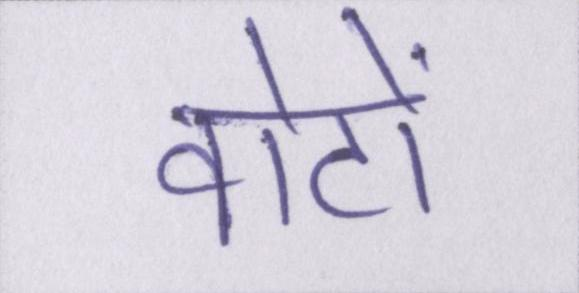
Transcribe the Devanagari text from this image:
वोटों